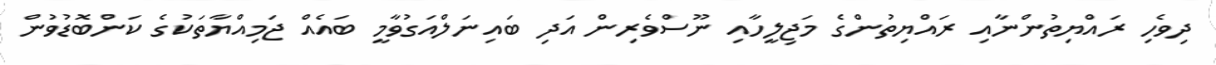
ދިވެހި ރައްޔިތުންނާއި ރައްޔިތުންގެ މަޖިލީހާއި ނޫސްވެރިން އަދި ބައިނަލްއަގުވާމީ ބައެއް ޖަމިއްޔާތަކުގެ ކަންބޮޑުވުން